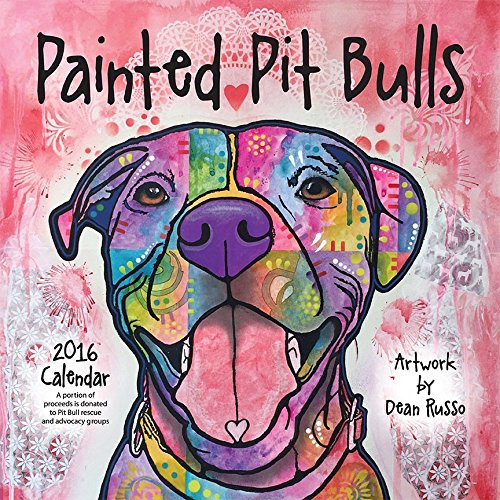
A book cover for Painted Pit Bulls 2016 Calendar; Dean Russo; Calendars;